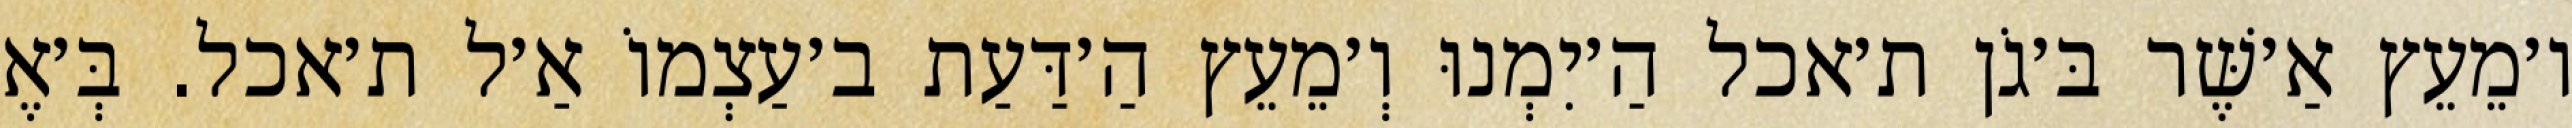
ו׳מֵעֵץ אַ׳שֶּׁר בּ׳גֹן ת׳אכל הַ׳יִמְנוּ וְ׳מֵעֵץ הַ׳דַּעַת ב׳עַצְמוֹ אַ׳ל ת׳אכל. בְּ׳אֶ